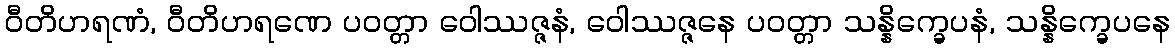
ဝီတိဟရဏံ, ဝီတိဟရဏေ ပဝတ္တာ ဝေါဿဇ္ဇနံ, ဝေါဿဇ္ဇနေ ပဝတ္တာ သန္နိက္ခေပနံ, သန္နိက္ခေပနေ